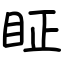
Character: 眐